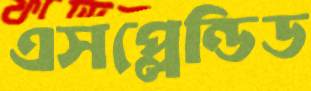
এসপ্লেন্ডিড